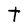
Character: t